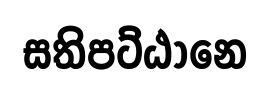
සතිපට්ඨානෙ